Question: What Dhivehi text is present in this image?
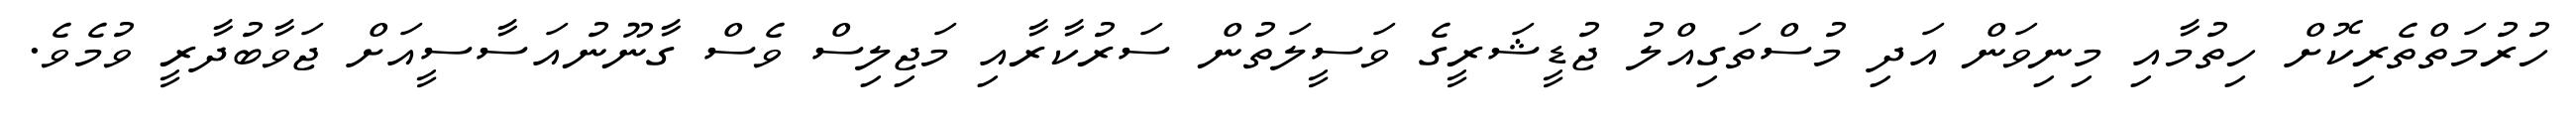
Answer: ހުރުމަތްތެރިކޮށް ހިތުމާއި މިނިވަން އަދި މުސްތަގިއްލު ޖުޑީޝަރީގެ ވަސީލަތުން ސަރުކާރާއި މަޖިލިސް ވެސް ގާނޫނުއަސާސީއަށް ޖަވާބުދާރީ ވުމެވެ.